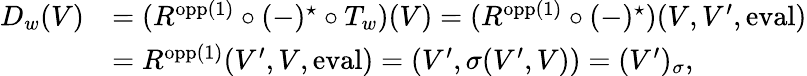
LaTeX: \begin{array}{rl}{D_{w}(V)}&{=(R^{\textnormal{opp}(1)}\circ(-)^{\star}\circ T_{w})(V)=(R^{\textnormal{opp}(1)}\circ(-)^{\star})(V,V^{\prime},\textnormal{eval})}\\ &{=R^{\textnormal{opp}(1)}(V^{\prime},V,\textnormal{eval})=(V^{\prime},\sigma(V^{\prime},V))=(V^{\prime})_{\sigma},}\end{array}